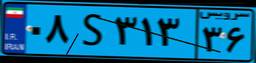
۷۴S۳۸۷۴۲